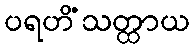
ပရဟိံသတ္ထာယ